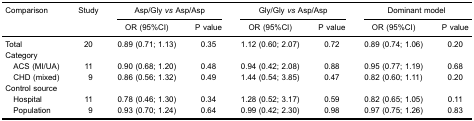
| <ROWSPAN=2> Comparison | <ROWSPAN=2> Study | <COLSPAN=2> Asp/Gly vs Asp/Asp | <COLSPAN=2> Gly/Gly vs Asp/Asp | <COLSPAN=2> Dominant model |
 | OR (95%CI) | P value | OR (95%CI) | P value | OR (95%CI) | P value |
 | --- | --- | --- | --- | --- | --- | --- | --- |
 | Total | 20 | 0.89 (0.71; 1.13) | 0.35 | 1.12 (0.60; 2.07) | 0.72 | 0.89 (0.74; 1.06) | 0.20 |
 | Category |  |  |  |  |  |  |  |
 | ACS (MI/UA) | 11 | 0.90 (0.68; 1.20) | 0.48 | 0.94 (0.42; 2.08) | 0.88 | 0.95 (0.77; 1.19) | 0.68 |
 | CHD (mixed) | 9 | 0.86 (0.56; 1.32) | 0.49 | 1.44 (0.54; 3.85) | 0.47 | 0.82 (0.60; 1.11) | 0.20 |
 | Control source |  |  |  |  |  |  |  |
 | Hospital | 11 | 0.78 (0.46; 1.30) | 0.34 | 1.28 (0.52; 3.17) | 0.59 | 0.82 (0.65; 1.05) | 0.11 |
 | Population | 9 | 0.93 (0.70; 1.24) | 0.64 | 0.99 (0.42; 2.30) | 0.98 | 0.97 (0.75; 1.26) | 0.83 |